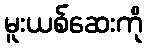
မူးယစ်ဆေးကို